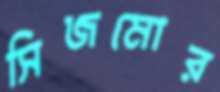
সিজমোর